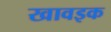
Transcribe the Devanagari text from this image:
खावइक